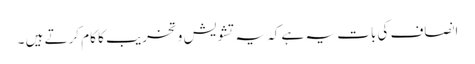
انصاف کی بات یہ ہے کہ یہ تشویش و تخریب کا کام کرتے ہیں ۔